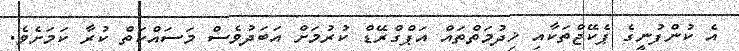
އެ ކުންފުނީގެ ޕެކޭޖްތަކާއި ޚިދުމަތްތައް އަޕްގްރޭޑް ކުރުމަށް އަބަދުވެސް މަސައްކަތް ކުރާ ކަމަށެވެ.